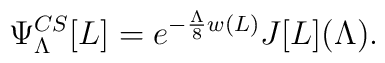
\Psi^{CS}_{\Lambda}[L] =  e^{-{\Lambda \over 8} w(L)} J[L](\Lambda).